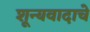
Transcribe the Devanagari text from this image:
शून्यवादाचे